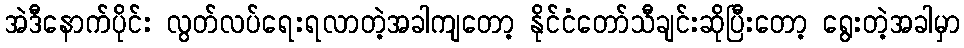
အဲဒီနောက်ပိုင်း လွတ်လပ်ရေးရလာတဲ့အခါကျတော့ နိုင်ငံတော်သီချင်းဆိုပြီးတော့ ရွေးတဲ့အခါမှာ